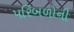
પરિબળોની